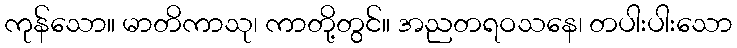
ကုန်သော။ မာတိကာသု၊ ကာတို့တွင်။ အညတရဝသနေ၊ တပါးပါးသော